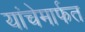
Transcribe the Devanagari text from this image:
यांचेमार्फत